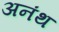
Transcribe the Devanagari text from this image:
अनंथ